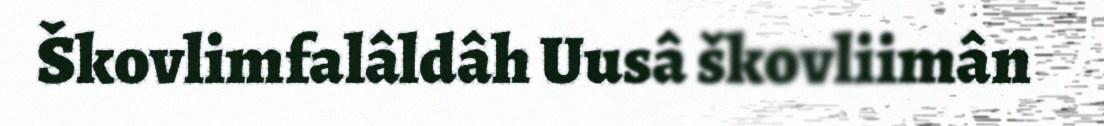
Škovlimfalâldâh Uusâ škovliimân